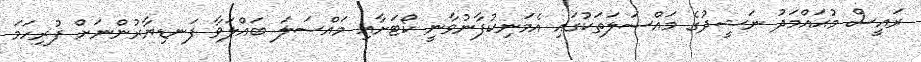
ރައީސް މުޙައްމަދު ނަޝީދުގެ މައްސަލަތަކުގައި އެމަނިކުފާނުވާނީ ކޯޓަށާއި މައްސަލަ ބައްލަވާ ފަނޑިޔާރުންނަށް ފުރިހަމަ